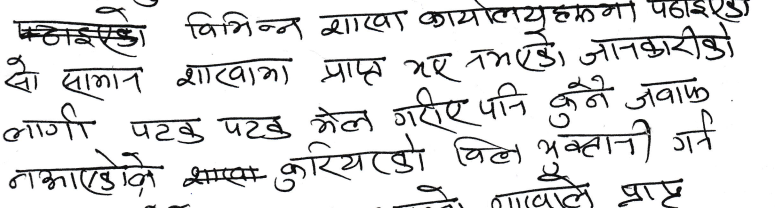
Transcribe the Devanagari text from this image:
कनझएको विभिन्न शाखा कार्यालयहरूमा पठाइए
सो सामान शाखामा प्राप्त भए नभएको जानकारीको
लागी पटक पटक मेल गरीए पनि कुनै जवाफ
नभएकोले सम्एक करियरको बिल भुक्तानी गर्न